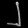
Digit: ၂